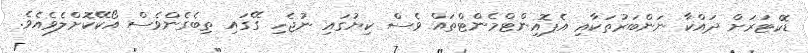
ޑޮކްޓަރަށް ދައްކާ ނަންބަރުތަކާއި އެޕޮއިންޓްމެންޓްތައް ވެސް ކިޔުގައި ނުޖެހި ގޭގައި ތިބެގެންވެސް އޯކޭކޮށްލެވެއެވެ.